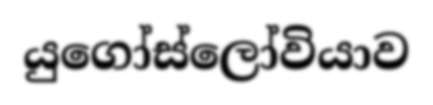
යුගෝස්ලෝවියාව